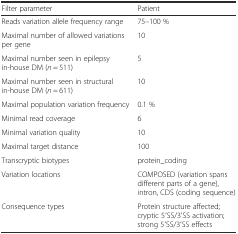
| Filter parameter | Patient |
 | --- | --- |
 | Reads variation allele frequency range | 75–100 % |
 | Maximal number of allowed variations per gene | 10 |
 | Maximal number seen in epilepsy in-house DM (n = 511) | 5 |
 | Maximal number seen in structural in-house DM (n = 611) | 10 |
 | Maximal population variation frequency | 0.1 % |
 | Minimal read coverage | 6 |
 | Minimal variation quality | 10 |
 | Maximal target distance | 100 |
 | Transcryptic biotypes | protein_coding |
 | Variation locations | COMPOSED (variation spans different parts of a gene), intron, CDS (coding sequence) |
 | Consequence types | Protein structure affected; cryptic 5′SS/3′SS activation; strong 5′SS/3′SS effects |